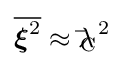
{\overline {{\boldsymbol {\xi }}^{2}}}\approx {\lambda \!\!\!{\bar {}}_{\text{C}}}^{2}